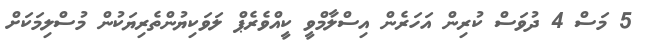
5 މަސް 4 ދުވަސް ކުރިން އަހަރެން އިސްލާމްވީ ކީއްވެރެޕް ލަވަކިޔުންތެރިޔަކުން މުސްލިމަކަށް